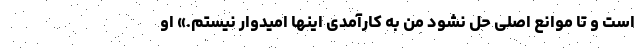
است و تا موانع اصلی حل نشود من به کارآمدی اینها امیدوار نیستم.» او